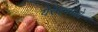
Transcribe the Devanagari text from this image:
येरेवनमध्ये